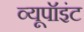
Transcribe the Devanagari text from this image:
व्यूपॉइंट